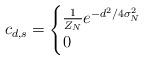
LaTeX: \begin{align*} c_{d,s}=\begin{cases}\frac{1}{Z_N}e^{-d^2/4\sigma_N^2} & \\0 & \end{cases} \end{align*}